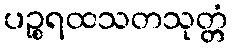
ပဉ္စရထသတသုတ္တံ